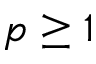
p \geq 1